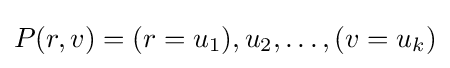
P(r,v)=(r=u_{1}),u_{2},\ldots ,(v=u_{k})